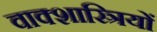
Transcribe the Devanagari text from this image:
वाक्शास्त्रियों